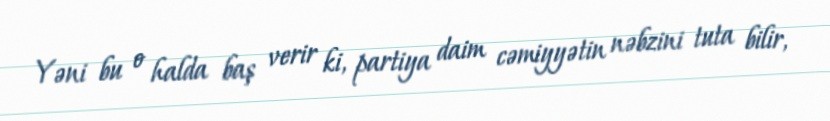
Yəni bu o halda baş verir ki, partiya daim cəmiyyətin nəbzini tuta bilir,